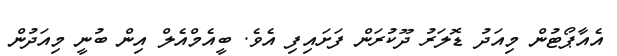
އެއާޕޯޓުން މިއަދު ޑޮލަރު ދޫކުރަން ފަށައިފި އެވެ. ބީއެމްއެލް އިން ބުނީ މިއަދުން